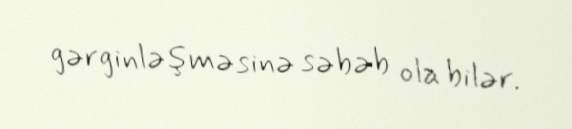
gərginləşməsinə səbəb ola bilər.